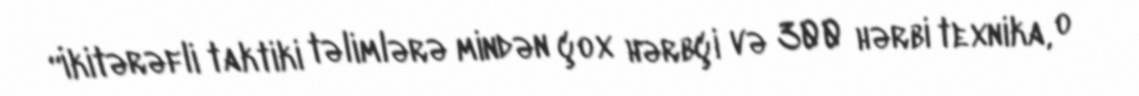
“İkitərəfli taktiki təlimlərə mindən çox hərbçi və 300 hərbi texnika, o